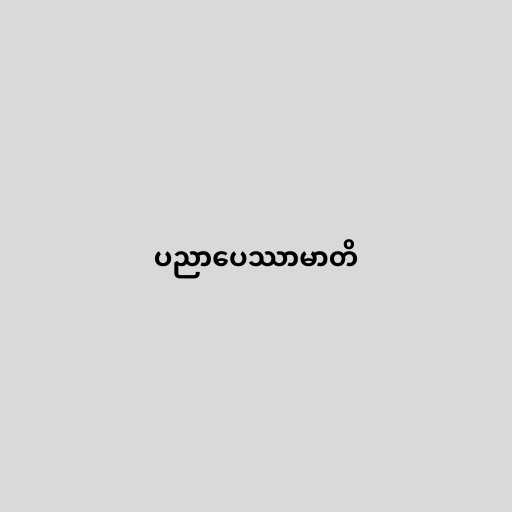
ပညာပေဿာမာတိ